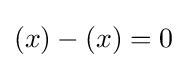
(x)-(x)=0